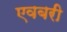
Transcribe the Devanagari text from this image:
एवबरी